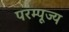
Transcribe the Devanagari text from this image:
परम्पूज्य